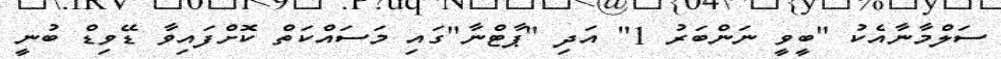
ސަލްމާނާއެކު "ބީވީ ނަންބަރު 1" އަދި "ޕާޓްނާ"ގައި މަސައްކަތް ކޮށްފައިވާ ޑޭވިޑް ބުނީ